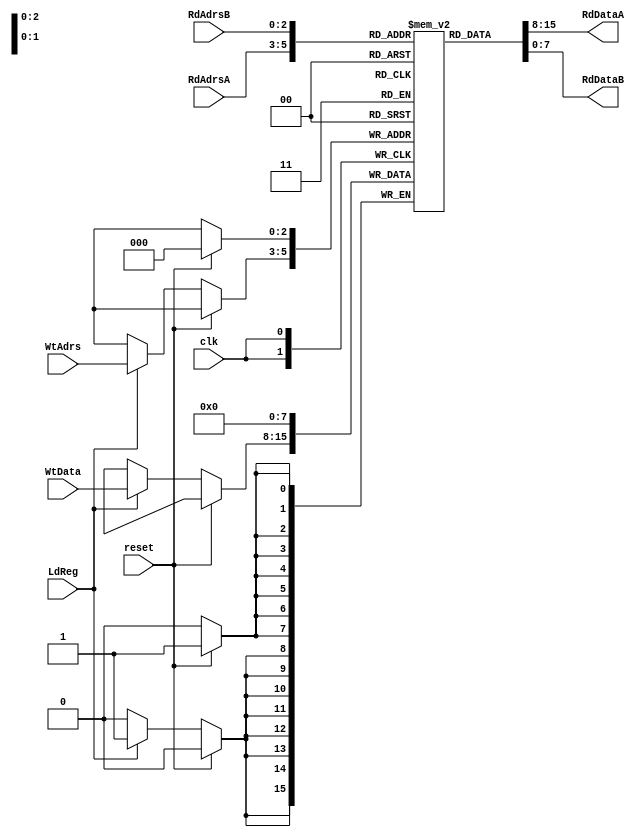
`timescale 1ns / 1ps
//////////////////////////////////////////////////////////////////////////////////
// Company: 
// Engineer: 
// 
// Design Name: 
// Module Name: RegFile
// Project Name: 
// Target Devices: 
// Tool Versions: 
// Description: 
// 
// Dependencies: 
// 
// Revision:
// Revision 0.01 - File Created
// Additional Comments:
// 
//////////////////////////////////////////////////////////////////////////////////

//LdReg == write
module RegFile(clk, reset, WtData, LdReg, WtAdrs, RdAdrsA, RdAdrsB, RdDataA, RdDataB);
    input reset, clk, LdReg;
    input [7:0] WtData;
    input [2:0] WtAdrs;
    input [2:0] RdAdrsA;
    input [2:0] RdAdrsB;
    output [7:0] RdDataA;
    output [7:0] RdDataB;
    
reg [7:0] regfile [0:7];
assign RdDataA = regfile[RdAdrsA];
assign RdDataB = regfile[RdAdrsB];

integer i;
always@(posedge clk) 
    begin
    if(reset) begin
        for(i=0;i<8;i=i+1); begin
            regfile[i] <=8'b0;
         end
      end else begin
            if (LdReg) regfile[WtAdrs] <= WtData;
      end // else: !if(reseet)
   end

endmodule